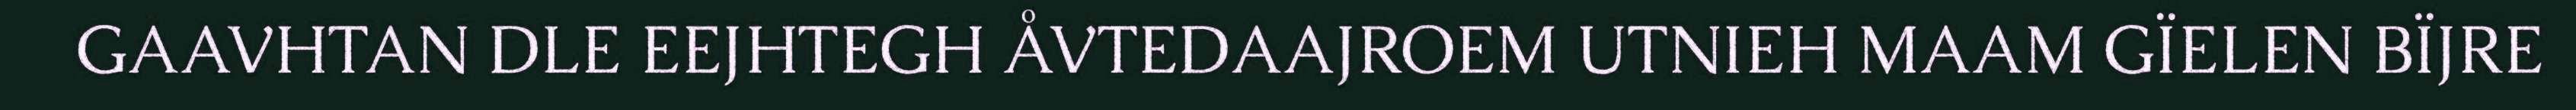
GAAVHTAN DLE EEJHTEGH ÅVTEDAAJROEM UTNIEH MAAM GÏELEN BÏJRE